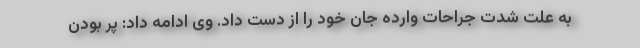
به علت شدت جراحات وارده جان خود را از دست داد. وی ادامه داد: پر بودن